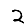
Digit: 2